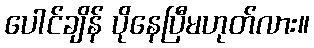
ပေါင်ချိန် ပိုနေပြီမဟုတ်လား။